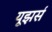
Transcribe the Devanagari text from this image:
यूझर्स